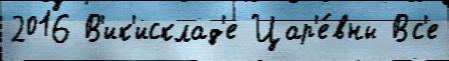
2016 В'ик'исклад'е Цар'е́вны Вс'е